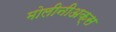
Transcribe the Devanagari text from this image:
मोलीनीअक्स